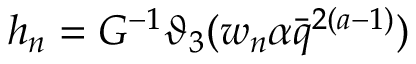
h _ { n } = G ^ { - 1 } \vartheta _ { 3 } ( w _ { n } \alpha \bar { q } ^ { 2 ( a - 1 ) } )